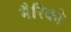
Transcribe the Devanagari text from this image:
मैरिको